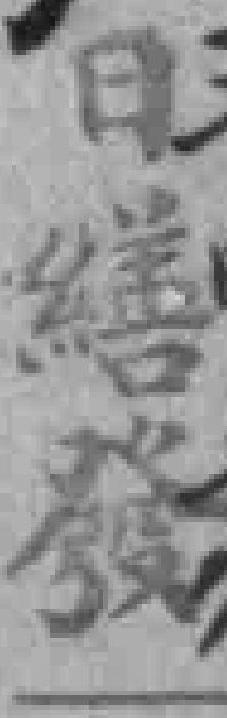
日繕發